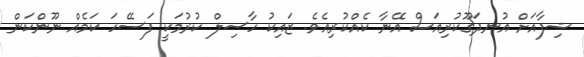
ޝިފާއަށް އުނދަގޫކުރިއަސް އޭނާ ކެއްކުރިއެވެ. ޒައިކު ހާސިލް ކުރުމަކީ ފަސޭހަ ކަމެއް ނޫންކަން